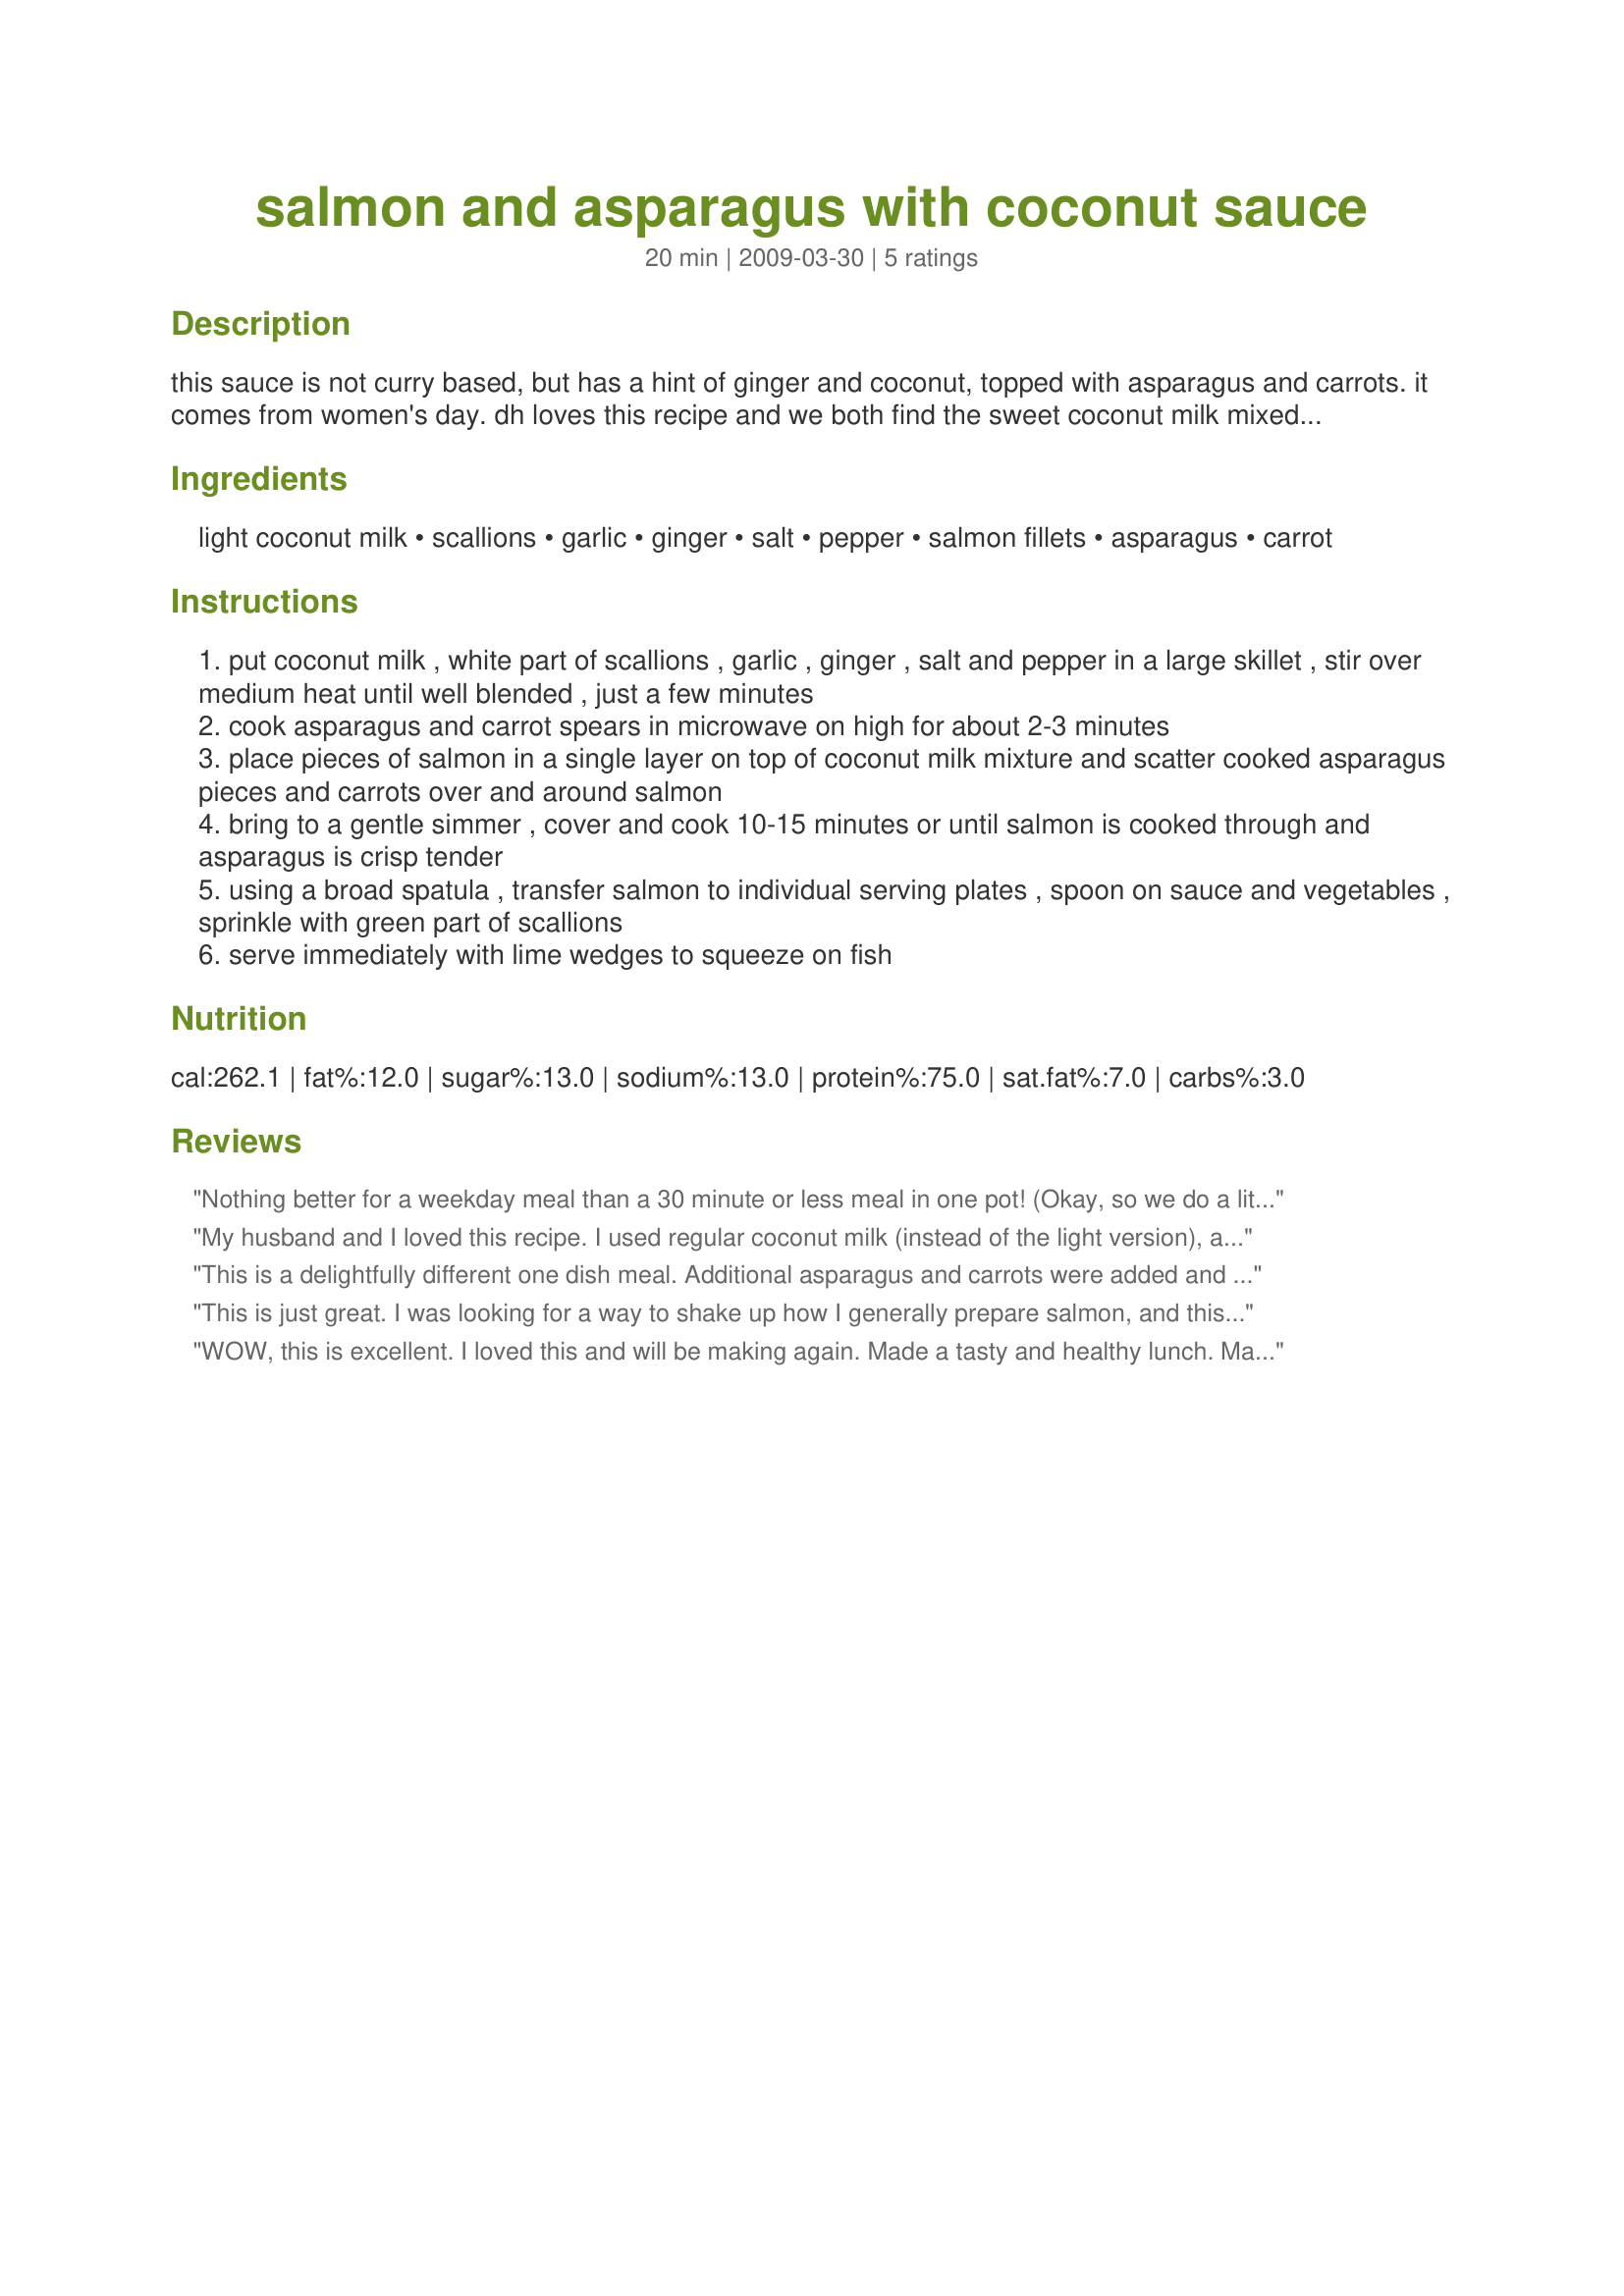
salmon and asparagus with coconut sauce
Preparation time: 20 minutes

this sauce is not curry based, but has a hint of ginger and coconut, topped with asparagus and carrots. it comes from women's day. dh loves this recipe and we both find the sweet coconut milk mixed with the ginger is delightful.

Ingredients:
light coconut milk, scallions, garlic, ginger, salt, pepper, salmon fillets, asparagus, carrot

Steps:
put coconut milk , white part of scallions , garlic , ginger , salt and pepper in a large skillet , stir over medium heat until well blended , just a few minutes
cook asparagus and carrot spears in microwave on high for about 2-3 minutes
place pieces of salmon in a single layer on top of coconut milk mixture and scatter cooked asparagus pieces and carrots over and around salmon
bring to a gentle simmer , cover and cook 10-15 minutes or until salmon is cooked through and asparagus is crisp tender
using a broad spatula , transfer salmon to individual serving plates , spoon on sauce and vegetables , sprinkle with green part of scallions
serve immediately with lime wedges to squeeze on fish

Reviews:
Nothing better for a weekday meal than a 30 minute or less meal in one pot! (Okay, so we do a little steaming of the veggies first in the microwave, but no biggie, still easy clean up). :)<br/>I kept to the recipe as stated, but only had green parts of the onions on hand so I doubled the amount for flavor.
My husband and I loved this recipe. I used regular coconut milk (instead of the light version), and it was delicious. I also had to sub zucchini for asparagus, but everything was super tender and the flavors complimented each other nicely. Yum!
This is a delightfully different one dish meal. Additional asparagus and carrots were added and I found that it wasn't necessary to precook them. They were done in the amount of time that it took the salmon to cook. Made for *ZWT 2009*
This is just great. I was looking for a way to shake up how I generally prepare salmon, and this is a perfect solution. I love how tender and delicious the veggies came out. I served it over a bed of spinach, which wilted nicely under the heat of the salmon and sauce and made a lovely presentation and great flavor. I like my veggies crisp, so I omitted the pre-cooking step, and found them to be perfect that way. I omitted the salt (personal preference). Thank you for sharing this!
WOW, this is excellent. I loved this and will be making again. Made a tasty and healthy lunch. Made as directed only used less salt (my personal preference). ZWT5
